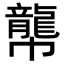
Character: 𪚑